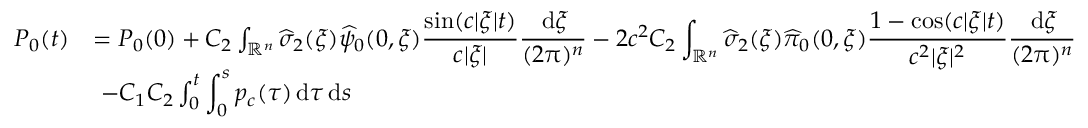
\begin{array} { r l } { P _ { 0 } ( t ) } & { = P _ { 0 } ( 0 ) + C _ { 2 } \int _ { \mathbb R ^ { n } } \widehat \sigma _ { 2 } ( \xi ) \widehat \psi _ { 0 } ( 0 , \xi ) \displaystyle \frac { \sin ( c | \xi | t ) } { c | \xi | } \displaystyle \frac { \, { \mathrm { d } } \xi } { ( 2 \uppi ) ^ { n } } - 2 c ^ { 2 } C _ { 2 } \int _ { \mathbb R ^ { n } } \widehat \sigma _ { 2 } ( \xi ) \widehat \pi _ { 0 } ( 0 , \xi ) \displaystyle \frac { 1 - \cos ( c | \xi | t ) } { c ^ { 2 } | \xi | ^ { 2 } } \displaystyle \frac { \, { \mathrm { d } } \xi } { ( 2 \uppi ) ^ { n } } } \\ & { \ - C _ { 1 } C _ { 2 } \int _ { 0 } ^ { t } \displaystyle \int _ { 0 } ^ { s } p _ { c } ( \tau ) \, { \mathrm { d } } \tau \, { \mathrm { d } } s } \end{array}